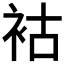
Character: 𧙖